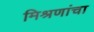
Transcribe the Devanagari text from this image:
मिश्रणांचा